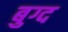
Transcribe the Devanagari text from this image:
बुग्द